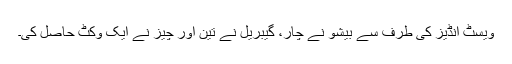
ویسٹ انڈیز کی طرف سے بیشو نے چار، گیبریل نے تین اور چیز نے ایک وکٹ حاصل کی۔